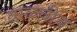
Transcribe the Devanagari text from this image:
वाळवीचं